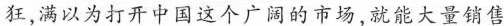
狂，满以为打开中国这个广阔的市场，就能大量销售